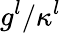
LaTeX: g^{l}/\kappa^{l}